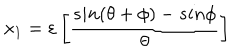
LaTeX: x _ { 1 } = { \varepsilon } \left[ \frac { s i n ( { \theta } + { \phi } ) - s i n { \phi } } { { \theta } } \right]